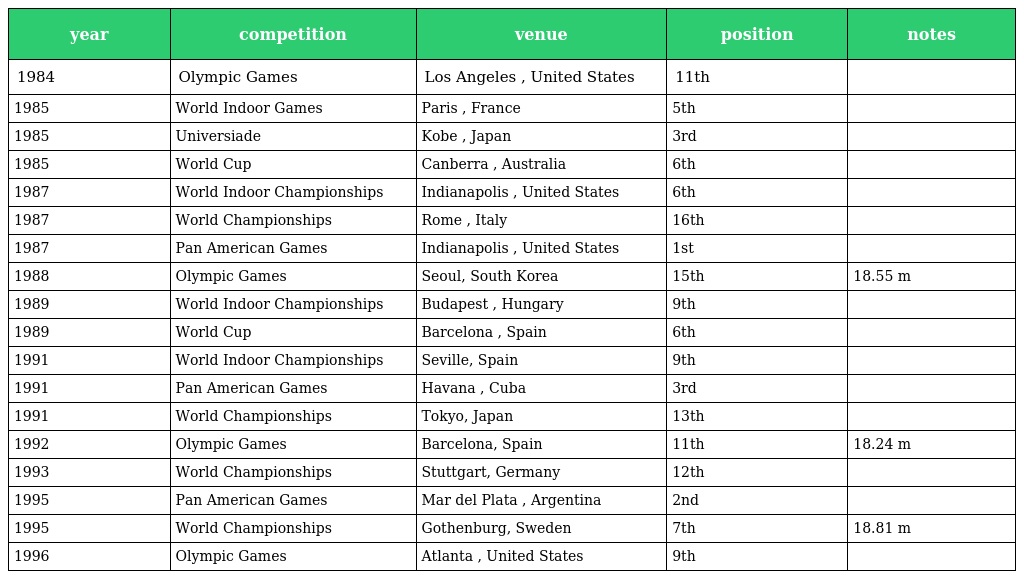
| year | competition | venue | position | notes |
 | --- | --- | --- | --- | --- |
 | 1984 | Olympic Games | Los Angeles , United States | 11th |  |
 | 1985 | World Indoor Games | Paris , France | 5th |  |
 | 1985 | Universiade | Kobe , Japan | 3rd |  |
 | 1985 | World Cup | Canberra , Australia | 6th |  |
 | 1987 | World Indoor Championships | Indianapolis , United States | 6th |  |
 | 1987 | World Championships | Rome , Italy | 16th |  |
 | 1987 | Pan American Games | Indianapolis , United States | 1st |  |
 | 1988 | Olympic Games | Seoul, South Korea | 15th | 18.55 m |
 | 1989 | World Indoor Championships | Budapest , Hungary | 9th |  |
 | 1989 | World Cup | Barcelona , Spain | 6th |  |
 | 1991 | World Indoor Championships | Seville, Spain | 9th |  |
 | 1991 | Pan American Games | Havana , Cuba | 3rd |  |
 | 1991 | World Championships | Tokyo, Japan | 13th |  |
 | 1992 | Olympic Games | Barcelona, Spain | 11th | 18.24 m |
 | 1993 | World Championships | Stuttgart, Germany | 12th |  |
 | 1995 | Pan American Games | Mar del Plata , Argentina | 2nd |  |
 | 1995 | World Championships | Gothenburg, Sweden | 7th | 18.81 m |
 | 1996 | Olympic Games | Atlanta , United States | 9th |  |